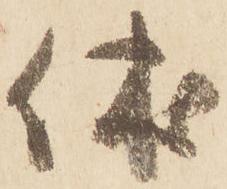
休